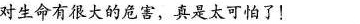
对生命有很大的危害，真是太可怕了！